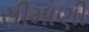
સીમાણી